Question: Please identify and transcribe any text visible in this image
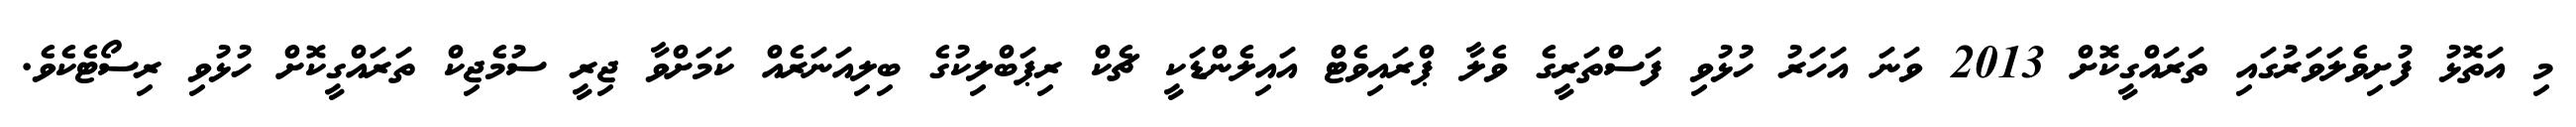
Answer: މި އަތޮޅު ފުށިވެލަވަރުގައި ތަރައްގީކޮށް 2013 ވަނަ އަހަރު ހުޅުވި ފަސްތަރީގެ ވެލާ ޕްރައިވެޓް އައިލެންޑަކީ ޗެކް ރިޕަބްލިކުގެ ބިލިއަނަރެއް ކަމަށްވާ ޖިރީ ސުމެޖިކް ތަރައްގީކޮށް ހުޅުވި ރިސޯޓެކެވެ.